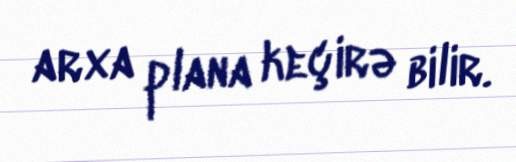
arxa plana keçirə bilir.